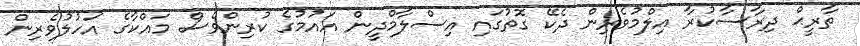
ތާރީޙް ދިރާސާކުރާ އިލްމުވެރިން ދެކޭ ގޮތުގައި އިސްލާމްދީން އައުމުގެ ކުރިންވެސް މައްކާގެ އަހުލުވެރިން